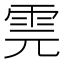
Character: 䨌